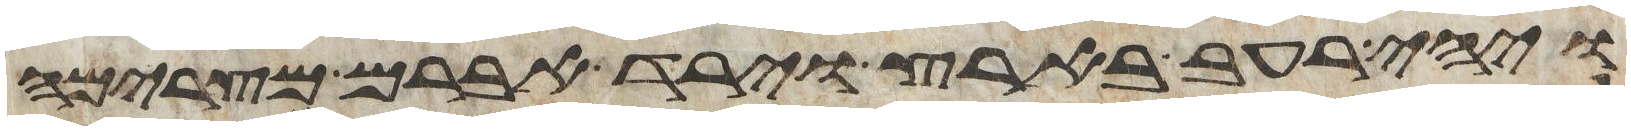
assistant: ויהי רעב בארץ וירד אברם מצרימה